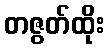
တဇွတ်ထိုး